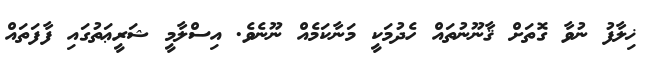
ޚިލާފު ނުވާ ގޮތަށް ޤާނޫނުތައް ހެދުމަކީ މަނާކަމެއް ނޫނެވެ. އިސްލާމީ ޝަރީޢަތުގައި ފާފަތައް